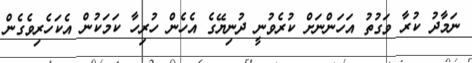
ނަމާދު ކުރާ ވަގުތު އަހަންނަށް ކުރެވުނީ ދުނިޔޭގެ އެހެން ހުރިހާ ކަމަކުން އެކަހެރިވެގެން